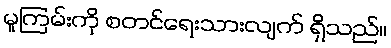
မူကြမ်းကို စတင်ရေးသားလျက် ရှိသည်။